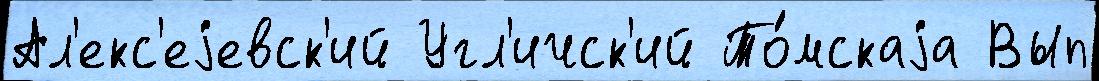
Ал'екс'еjевск'ий Угл'ичск'ий То́мскаjа Вып